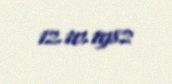
12.10.1982